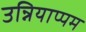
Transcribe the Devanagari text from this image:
उन्नियाप्पम